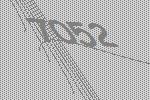
7052